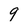
Character: 9